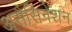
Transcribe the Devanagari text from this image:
असैसिनेशन